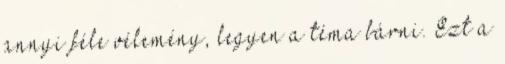
annyi féle vélemény, legyen a téma bárni. Ezt a